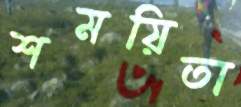
শময়িতা